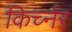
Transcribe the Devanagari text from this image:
किर्च्नर